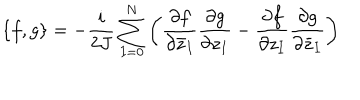
\{ f , g \} = - \frac { i } { 2 J } \sum _ { I = 0 } ^ { N } \left( \frac { \partial f } { \partial { \bar { z } } _ { I } } \frac { \partial g } { \partial z _ { I } } - \frac { \partial f } { \partial z _ { I } } \frac { \partial g } { \partial { \bar { z } } _ { I } } \right)